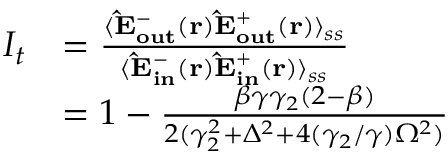
\begin{array} { r l } { I _ { t } } & { = \frac { \langle { \bf \hat { E } _ { o u t } ^ { - } ( { \bf r } ) } { \bf \hat { E } _ { o u t } ^ { + } ( { \bf r } ) } \rangle _ { s s } } { \langle { \bf \hat { E } _ { i n } ^ { - } ( { \bf r } ) } { \bf \hat { E } _ { i n } ^ { + } ( { \bf r } ) } \rangle _ { s s } } } \\ & { = 1 - \frac { \beta \gamma \gamma _ { 2 } ( 2 - \beta ) } { 2 ( \gamma _ { 2 } ^ { 2 } + \Delta ^ { 2 } + 4 ( \gamma _ { 2 } / \gamma ) \Omega ^ { 2 } ) } } \end{array}